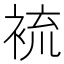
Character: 裗